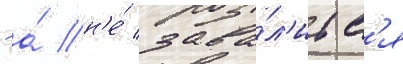
- а́ н'е́ зава́л'итс'я